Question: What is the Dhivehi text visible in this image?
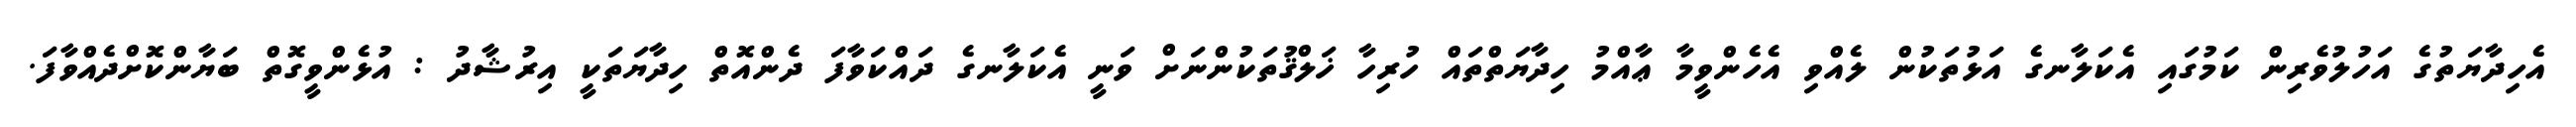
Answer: އެހިދާޔަތުގެ އަހުލުވެރިން ކަމުގައި އެކަލާނގެ އަޅުތަކުން ލެއްވި އެހެންވީމާ ޢާއްމު ހިދާޔަތްތައް ހުރިހާ ޚަލްޤުތަކުންނަށް ވަނީ އެކަލާނގެ ދައްކަވާފަ ދެންއޮތް ހިދާޔަތަކީ އިރުޝާދު : އުޅެންވީގޮތް ބަޔާންކޮށްދެއްވާފަ.